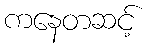
ကနေတဆင့်